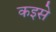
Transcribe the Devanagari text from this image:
कइसे